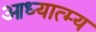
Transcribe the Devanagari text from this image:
आध्यात्म्य